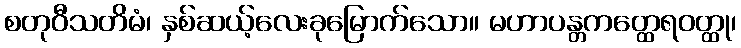
စတုဝီသတိမံ၊ နှစ်ဆယ့်လေးခုမြောက်သော။ မဟာပန္တကတ္ထေရဝတ္ထု၊